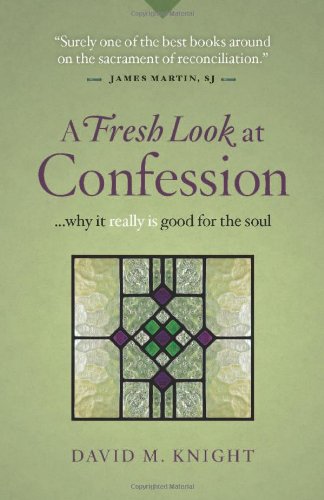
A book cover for A Fresh Look at Confession...Why it Really is Good for the Soul; David M. Knight; Christian Books & Bibles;